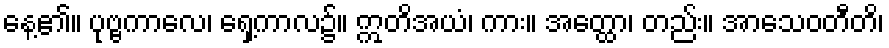
နေ့၏။ ပုဗ္ဗကာလေ၊ ရှေ့ကာလ၌။ ဣတိအယံ၊ ကား။ အတ္ထော၊ တည်း။ အာသေဝတီတိ၊